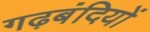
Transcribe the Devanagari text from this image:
गढ़बंदियों